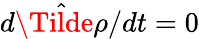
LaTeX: d\hat{\Tilde{\rho}}/dt=0